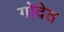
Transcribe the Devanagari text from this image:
गोदेत